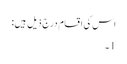
اس کی اقسام درجٍ ذیل ہیں:
1۔